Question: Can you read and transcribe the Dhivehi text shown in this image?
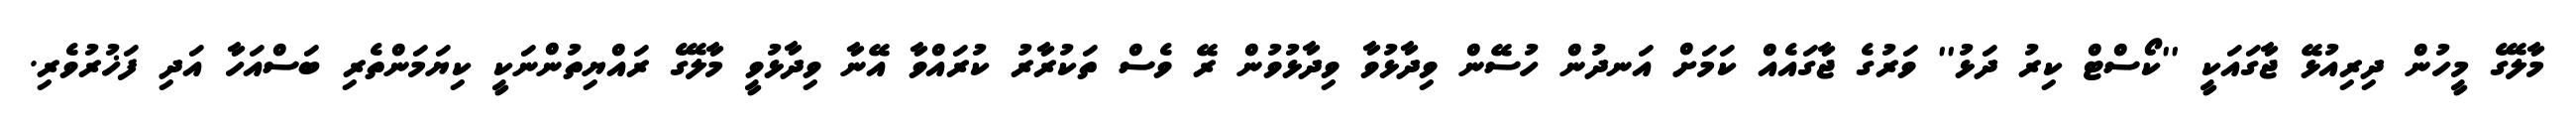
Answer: މާލޭގެ މީހުން ދިރިއުޅޭ ޖާގައަކީ ''ކޯސްޓް ކިރު ދަޅު'' ވަރުގެ ޖާގައެއް ކަމަށް އަނދުން ހުސޭން ވިދާޅުވާ ވިދާޅުވުން ރޭ ވެސް ތަކުރާރު ކުރައްވާ އޭނާ ވިދާޅުވީ މާލޭގެ ރައްޔިތުންނަކީ ކިޔަމަންތެރި ބަސްއަހާ އަދި ފަޚުރުވެރި.